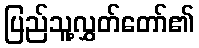
ပြည်သူ့လွှတ်တော်၏